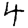
Digit: 4